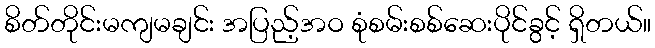
စိတ်တိုင်းမကျမချင်း အပြည့်အဝ စုံစမ်းစစ်ဆေးပိုင်ခွင့် ရှိတယ်။